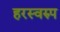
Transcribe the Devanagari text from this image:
हरस्वरुप